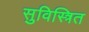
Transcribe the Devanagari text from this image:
सुविस्त्रित